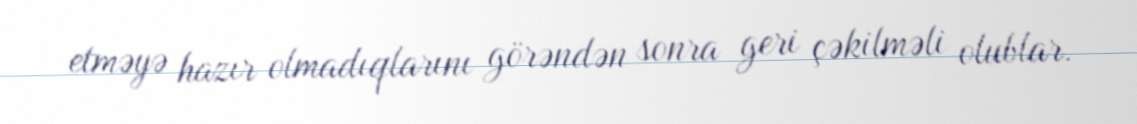
etməyə hazır olmadıqlarını görəndən sonra geri çəkilməli olublar.